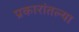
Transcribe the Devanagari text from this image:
प्रकारांतल्या